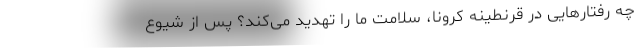
چه رفتارهایی در قرنطینه کرونا، سلامت ما را تهدید می‌کند؟ پس از شیوع